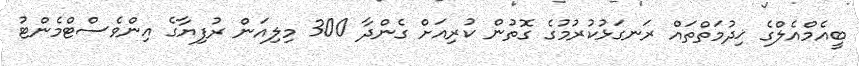
ބީއެމްއެލްގެ ޚިދުމަތްތައް ރަނގަޅުކުރުމުގެ ގޮތުން ކުރިއަށް ގެންދާ 300 މިލިއަން ރުފިޔާގެ އިންވެސްޓްމެންޓު